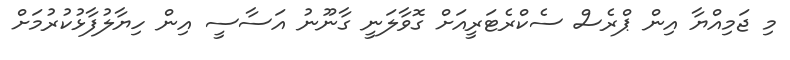
މި ޖަމިއްޔާ އިން ޕްރެސް ސެކްރެޓަރީއަށް ގޮވާލަނީ ގާނޫނު އަސާސީ އިން ހިޔާލުފާޅުކުރުމަށް